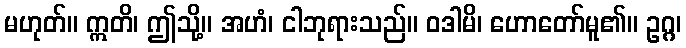
မဟုတ်။ ဣတိ၊ ဤသို့။ အဟံ၊ ငါဘုရားသည်။ ဝဒါမိ၊ ဟောတော်မူ၏။ ဥဂ္ဂ၊